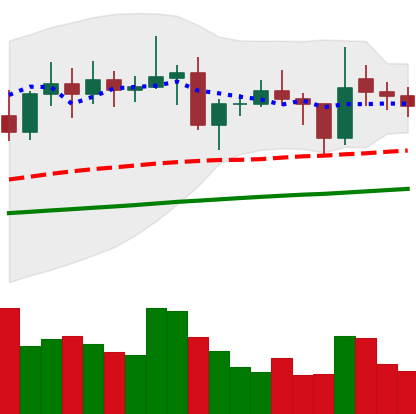
Ticker: ETC-USD
Chart end date: 2021-01-31
Forward return: 14.933%
Label: up_7plus